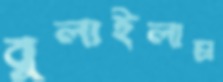
বুলাইলাম